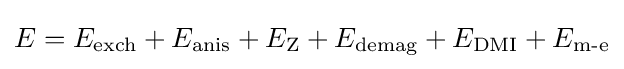
E=E_{\text{exch}}+E_{\text{anis}}+E_{\text{Z}}+E_{\text{demag}}+E_{\text{DMI}}+E_{\text{m-e}}